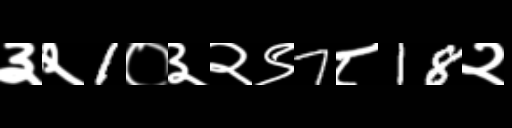
Text: ३२1०३२९7८18२